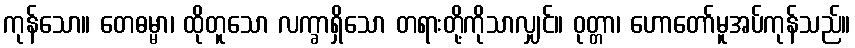
ကုန်သော။ တေဓမ္မာ၊ ထိုတူသော လက္ခာရှိသော တရားတို့ကိုသာလျှင်။ ဝုတ္တာ၊ ဟောတော်မူအပ်ကုန်သည်။